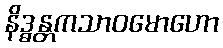
နိဒ္ဓန္တကသာဝမောဟော